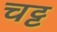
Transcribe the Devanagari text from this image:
चट्ट